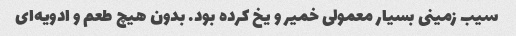
سیب زمینی بسیار معمولی خمیر و یخ کرده بود. بدون هیچ طعم و ادویه‌ای